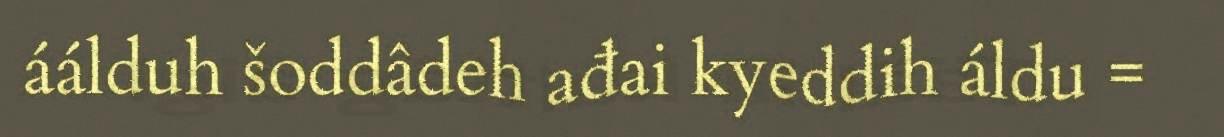
áálduh šoddâdeh ađai kyeddih áldu =